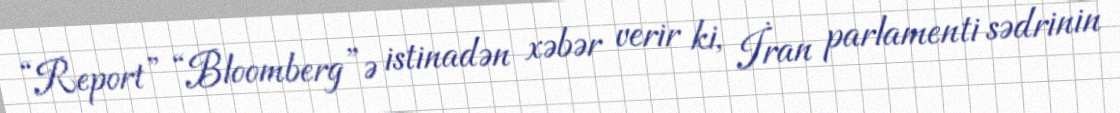
“Report” “Bloomberg”ə istinadən xəbər verir ki, İran parlamenti sədrinin